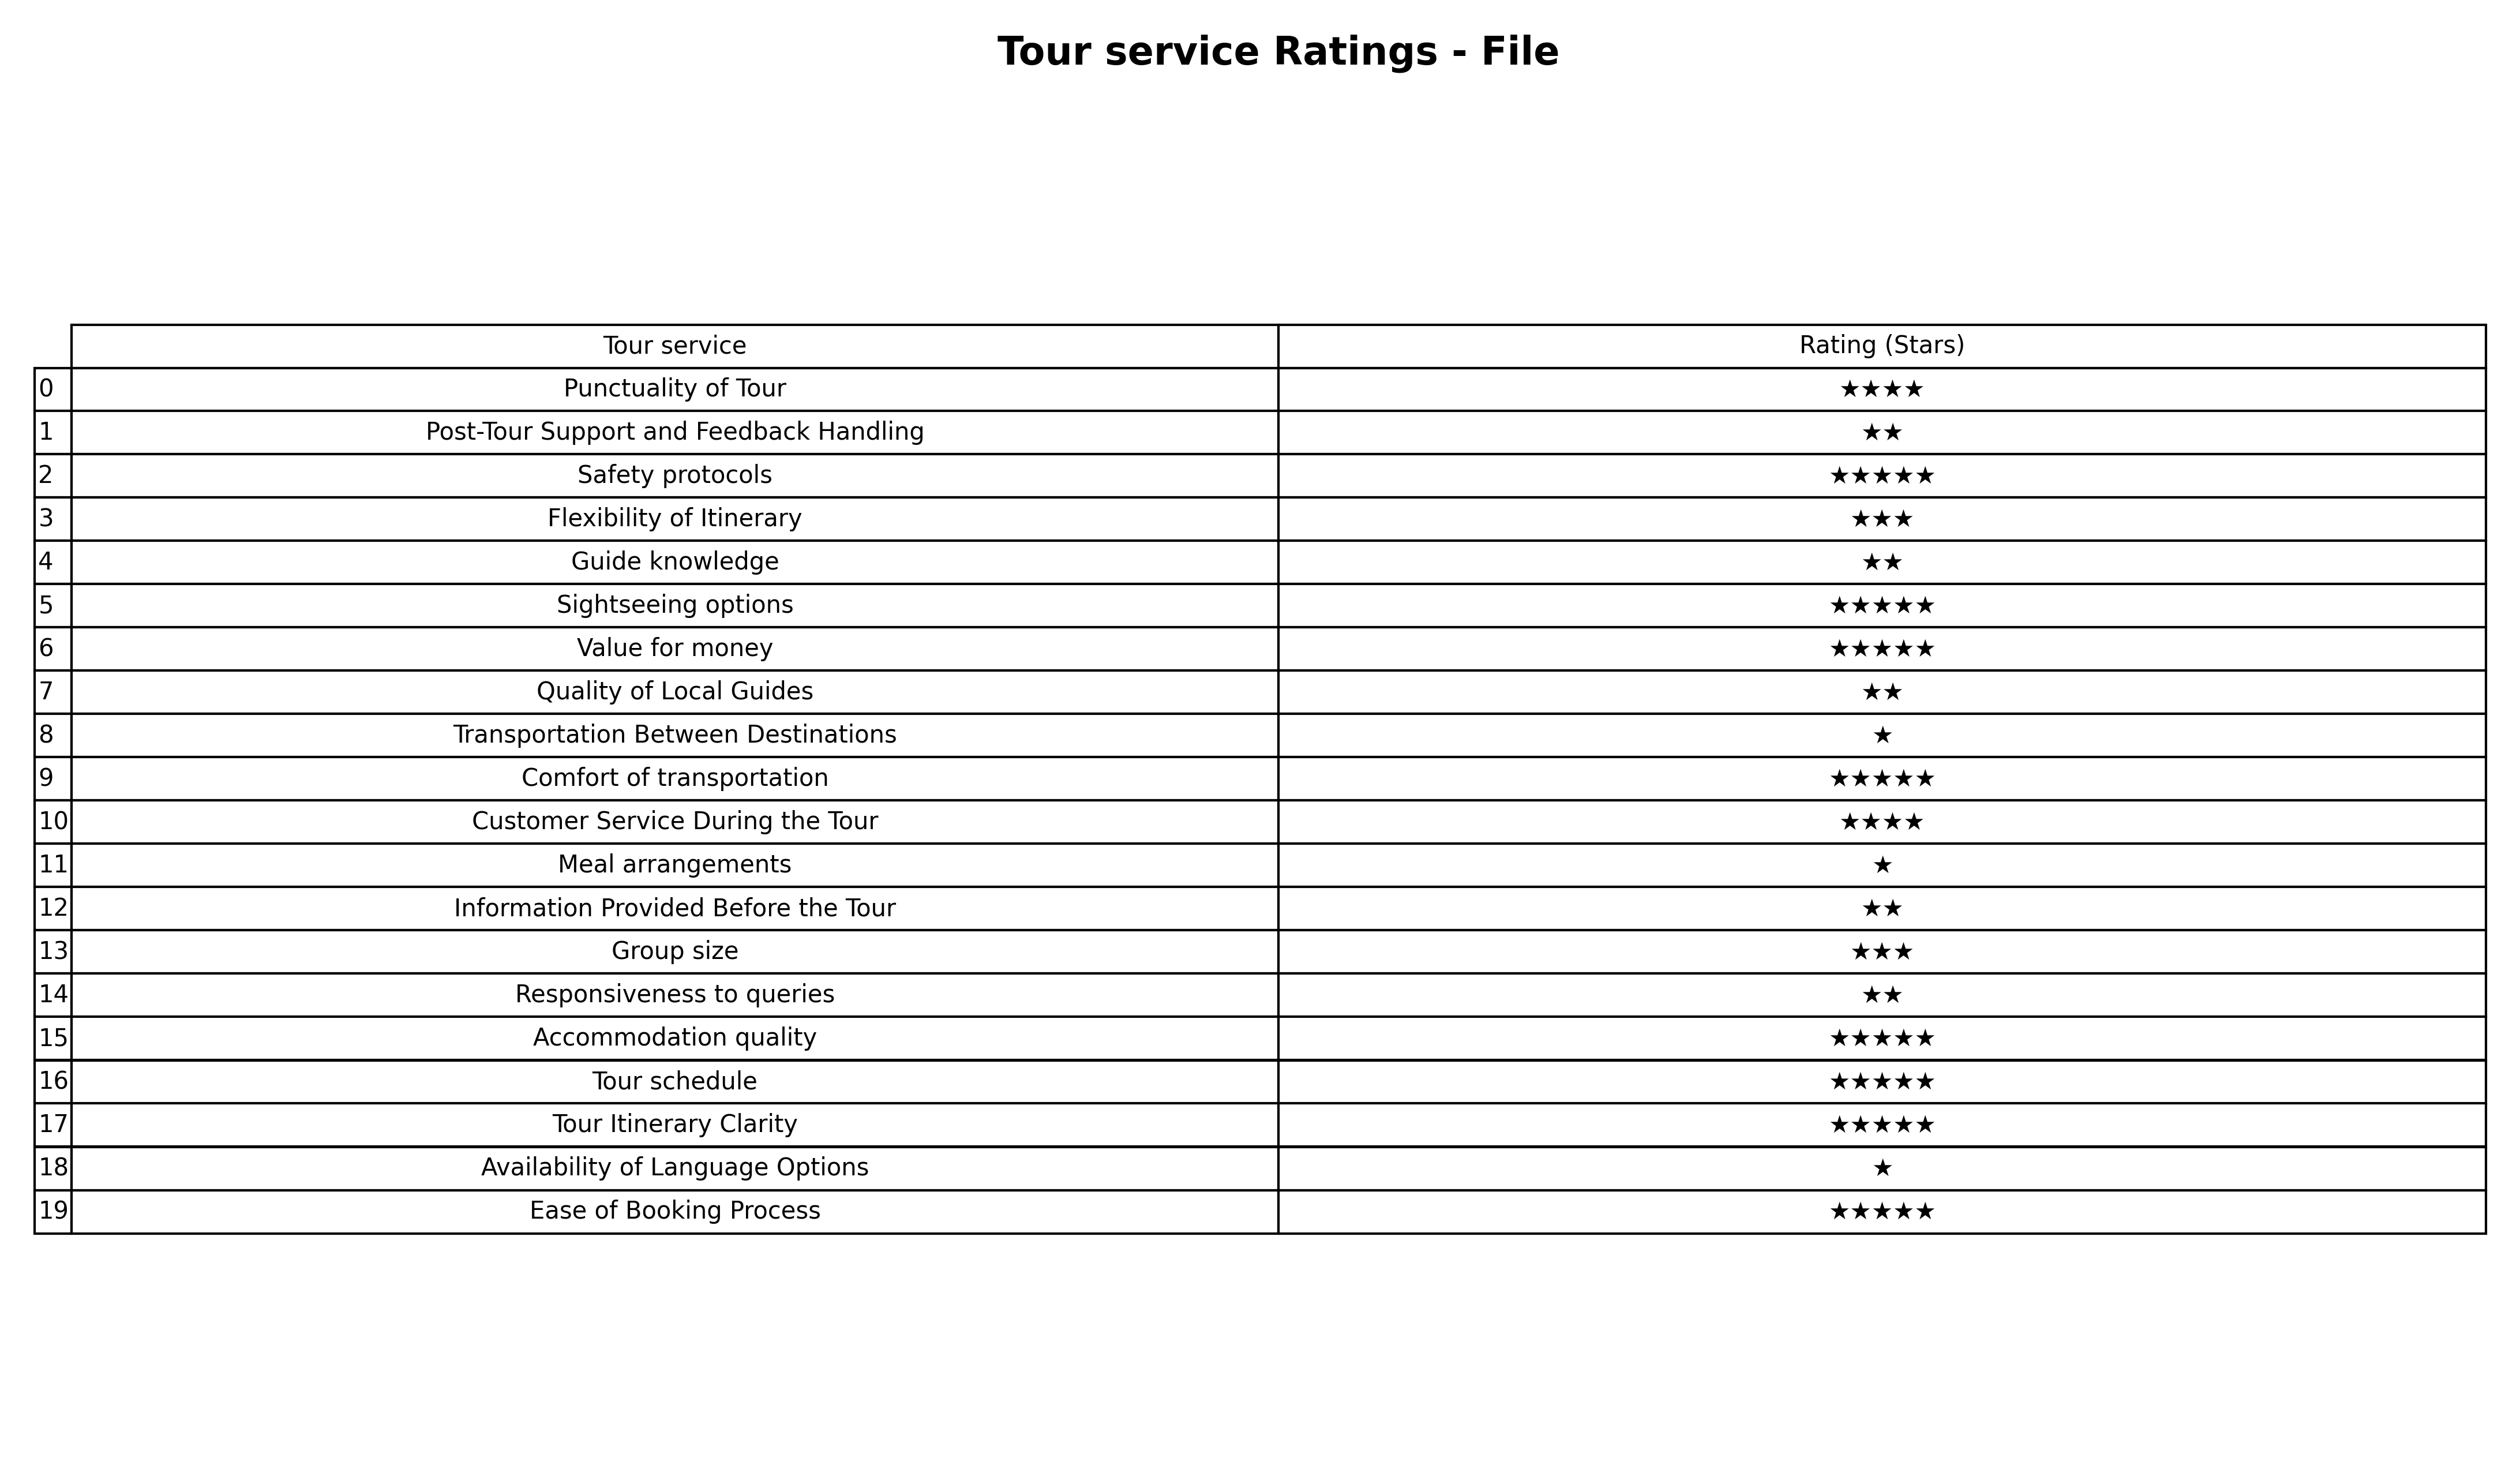
question: What are one star services?
answer: Transportation Between DestinationsMeal arrangementsAvailability of Language Options